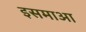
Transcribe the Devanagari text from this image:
इसमाआ